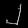
Digit: ၂